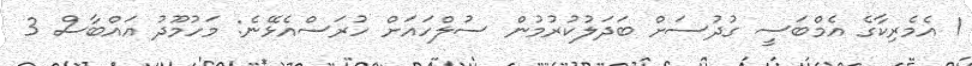
1 އެމެރިކާގެ އެމްބަސީ ގުދުސަށް ބަދަލުކުރުމުން ސުލްހައަށް ހުރަސްއެޅޭނެ: މަހުމޫދު އައްބާސް 3